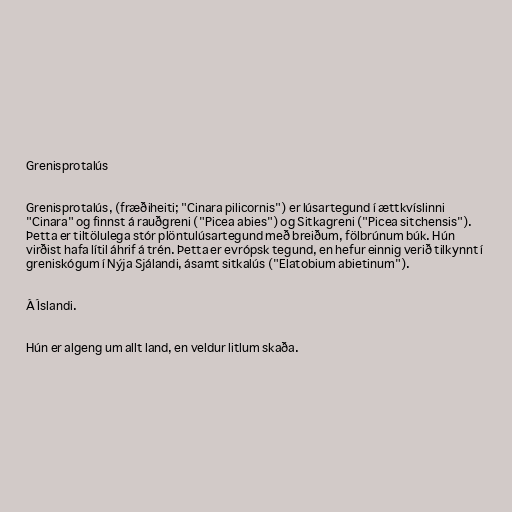
Grenisprotalús

Grenisprotalús, (fræðiheiti; "Cinara pilicornis") er lúsartegund í ættkvíslinni
"Cinara" og finnst á rauðgreni ("Picea abies") og Sitkagreni ("Picea sitchensis").
Þetta er tiltölulega stór plöntulúsartegund með breiðum, fölbrúnum búk. Hún
virðist hafa lítil áhrif á trén. Þetta er evrópsk tegund, en hefur einnig verið tilkynnt í
greniskógum í Nýja Sjálandi, ásamt sitkalús ("Elatobium abietinum").

Á Íslandi.

Hún er algeng um allt land, en veldur litlum skaða.